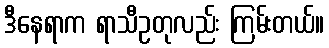
ဒီနေရာက ရာသီဥတုလည်း ကြမ်းတယ်။